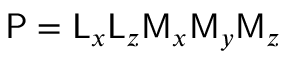
\mathsf { P } = \mathsf { L } _ { x } \mathsf { L } _ { z } \mathsf { M } _ { x } \mathsf { M } _ { y } \mathsf { M } _ { z }